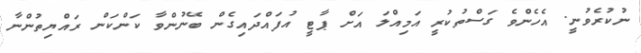
ނުކުރެވުނީ. އެހެންވެ ގަސްތުކުރީ އަމިއްލަ އަށް ޕާޓީ އުފައްދައިގެން ބޭނުންވާ ކަންކަން ރައްޔިތުންނާ